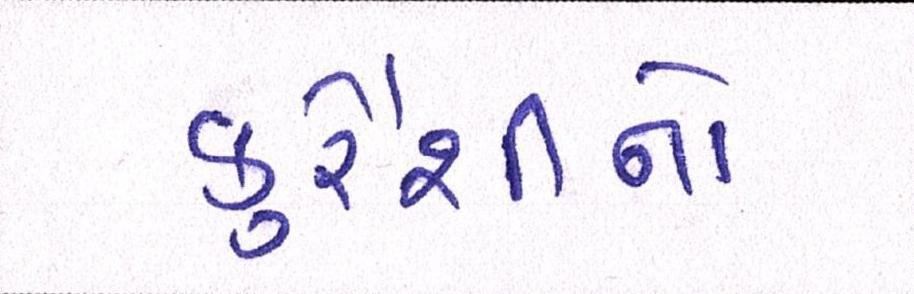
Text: કુરૈશીનો